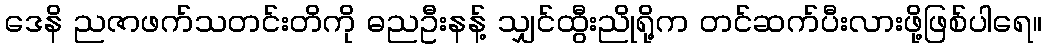
ဒေနိ ညဇာဖက်သတင်းတိကို ဓညဦးနန့် သျှင်ထွီးညိုရို့က တင်ဆက်ပီးလားဖို့ဖြစ်ပါရေ။